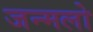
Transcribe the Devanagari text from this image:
जन्मलो